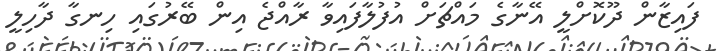
ފައިޒާން ދޫކޮށްލީ އޭނާގެ މައްޗަށް އުފުލާފައިވާ ރާއްޖެ އިން ބޭރުގައި ހިނގާ ދާހިލީ